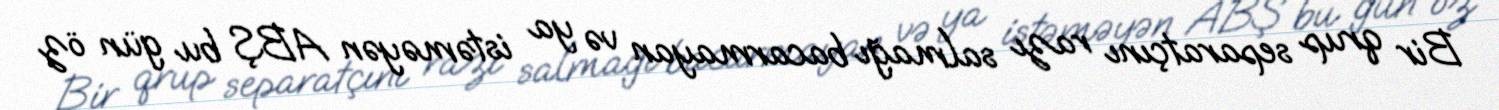
Bir qrup separatçını razı salmağı bacarmayan və ya istəməyən ABŞ bu gün öz